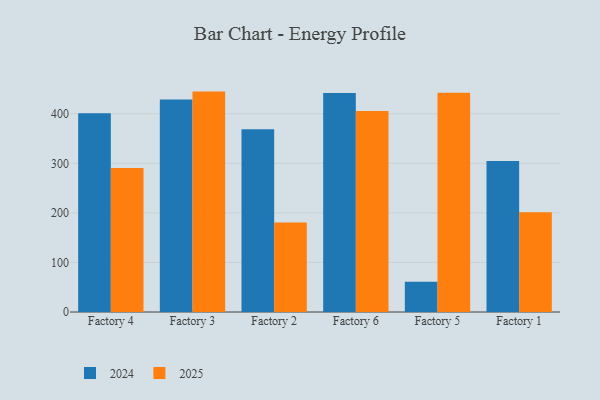
{"axis": {"x": "Factory", "y": "Headcount"}, "legend": ["2024", "2025"], "data": [{"x": "Factory 4", "y": 400.9, "type": "2024"}, {"x": "Factory 4", "y": 290.4, "type": "2025"}, {"x": "Factory 3", "y": 428.9, "type": "2024"}, {"x": "Factory 3", "y": 444.7, "type": "2025"}, {"x": "Factory 2", "y": 368.9, "type": "2024"}, {"x": "Factory 2", "y": 180.4, "type": "2025"}, {"x": "Factory 6", "y": 441.9, "type": "2024"}, {"x": "Factory 6", "y": 405.7, "type": "2025"}, {"x": "Factory 5", "y": 61.0, "type": "2024"}, {"x": "Factory 5", "y": 442.3, "type": "2025"}, {"x": "Factory 1", "y": 304.6, "type": "2024"}, {"x": "Factory 1", "y": 201.2, "type": "2025"}]}